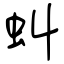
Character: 虯